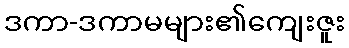
ဒကာ-ဒကာမများ၏ကျေးဇူး